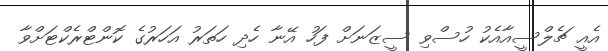
އެއީ ޗެލްސީއާއެކު ހުސްވި ސީޒަނަށް ފަހު އޭނާ ހެދި ހަތަރު އަހަރުގެ ކޮންޓްރެކްޓަށްވާ